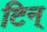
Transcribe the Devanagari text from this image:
टिन्